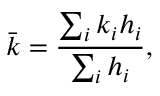
\bar { k } = \frac { \sum _ { i } k _ { i } h _ { i } } { \sum _ { i } h _ { i } } ,